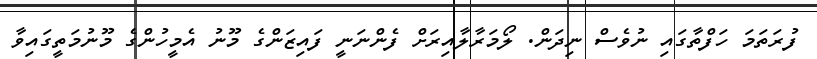
ފުރަތަމަ ހަފްތާގައި ނުވެސް ނިދަން. ލޯމަރާލާއިރަށް ފެންނަނީ ފައިޒަންގެ މޫނު އެމީހުންގެ މޫނުމަތީގައިވާ